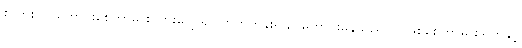
စကားပင် ကောင်းစေကာမူ စကားပြောရာ တိုက်တွန်းရာ၌ ကောင်းမွန်သည်ပင် ဖြစ်စေကာမူ စရိုက်နှင့်